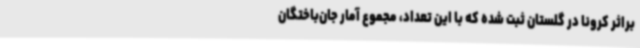
براثر کرونا در گلستان ثبت شده که با این تعداد، مجموع آمار جان‌باختگان